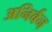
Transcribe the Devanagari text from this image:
अनिर्बन